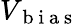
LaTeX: V_{\mathrm{~b~i~a~s~}}